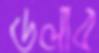
ডলাব